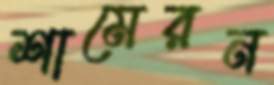
শামেরন